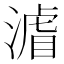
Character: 𭱼